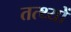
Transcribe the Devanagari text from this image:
तत्थ्यों